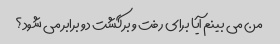
من می بینم آیا برای رفت و برگشت دو برابر می شود؟